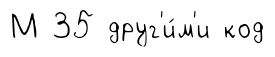
М 35 друг'и́м'и код